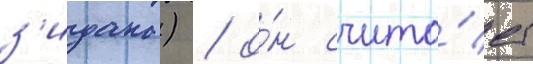
з'идана) / о́н счита́ет